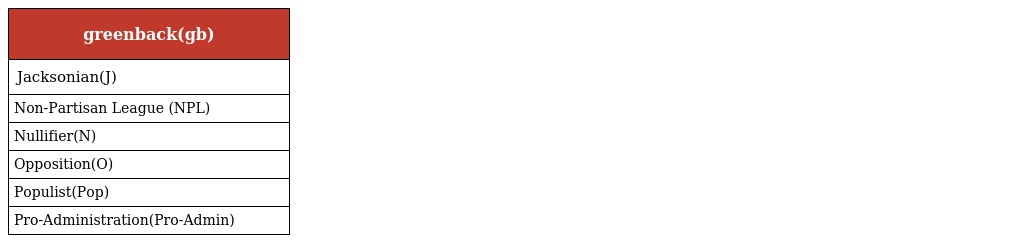
| greenback(gb) |
 | --- |
 | Jacksonian(J) |
 | Non-Partisan League (NPL) |
 | Nullifier(N) |
 | Opposition(O) |
 | Populist(Pop) |
 | Pro-Administration(Pro-Admin) |